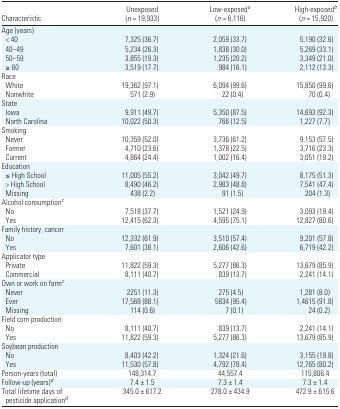
<table><thead><tr><td><b>Characteristic</b></td><td><b>Unexposed (<i>n</i> = 19,933)</b></td><td><b>Low-exposeda (<i>n =</i> 6,116)</b></td><td><b>High-exposedb (<i>n =</i> 15,920)</b></td></tr></thead><tbody><tr><td colspan="4">Age (years)</td></tr><tr><td> &lt; 40</td><td>7,325 (36.7)</td><td>2,059 (33.7)</td><td>5,190 (32.6)</td></tr><tr><td> 40–49</td><td>5,234 (26.3)</td><td>1,838 (30.0)</td><td>5,269 (33.1)</td></tr><tr><td> 50–59</td><td>3,855 (19.3)</td><td>1,235 (20.2)</td><td>3,349 (21.0)</td></tr><tr><td> ≥ 60</td><td>3,519 (17.7)</td><td>984 (16.1)</td><td>2,112 (13.3)</td></tr><tr><td colspan="4">Race</td></tr><tr><td> White</td><td>19,362 (97.1)</td><td>6,094 (99.6)</td><td>15,850 (99.6)</td></tr><tr><td> Nonwhite</td><td>571 (2.9)</td><td>22 (0.4)</td><td>70 (0.4)</td></tr><tr><td colspan="4">State</td></tr><tr><td> Iowa</td><td>9,911 (49.7)</td><td>5,350 (87.5)</td><td>14,693 (92.3)</td></tr><tr><td> North Carolina</td><td>10,022 (50.3)</td><td>766 (12.5)</td><td>1,227 (7.7)</td></tr><tr><td colspan="4">Smoking</td></tr><tr><td> Never</td><td>10,359 (52.0)</td><td>3,736 (61.2)</td><td>9,153 (57.5)</td></tr><tr><td> Former</td><td>4,710 (23.6)</td><td>1,378 (22.5)</td><td>3,716 (23.3)</td></tr><tr><td> Current</td><td>4,864 (24.4)</td><td>1,002 (16.4)</td><td>3,051 (19.2)</td></tr><tr><td colspan="4">Education</td></tr><tr><td> ≤ High School</td><td>11,005 (55.2)</td><td>3,042 (49.7)</td><td>8,175 (51.3)</td></tr><tr><td> &gt; High School</td><td>8,490 (46.2)</td><td>2,983 (48.8)</td><td>7,541 (47.4)</td></tr><tr><td> Missing</td><td>438 (2.2)</td><td>91 (1.5)</td><td>204 (1.3)</td></tr><tr><td colspan="4">Alcohol consumptionc</td></tr><tr><td> No</td><td>7,518 (37.7)</td><td>1,521 (24.9)</td><td>3,093 (19.4)</td></tr><tr><td> Yes</td><td>12,415 (62.3)</td><td>4,595 (75.1)</td><td>12,827 (80.6)</td></tr><tr><td colspan="4">Family history, cancer</td></tr><tr><td> No</td><td>12,332 (61.9)</td><td>3,510 (57.4)</td><td>9,201 (57.8)</td></tr><tr><td> Yes</td><td>7,601 (38.1)</td><td>2,606 (42.6)</td><td>6,719 (42.2)</td></tr><tr><td colspan="4">Applicator type</td></tr><tr><td> Private</td><td>11,822 (59.3)</td><td>5,277 (86.3)</td><td>13,679 (85.9)</td></tr><tr><td> Commercial</td><td>8,111 (40.7)</td><td>839 (13.7)</td><td>2,241 (14.1)</td></tr><tr><td colspan="4">Own or work on farmc</td></tr><tr><td> Never</td><td>2251 (11.3)</td><td>275 (4.5)</td><td>1,281 (8.0)</td></tr><tr><td> Ever</td><td>17,568 (88.1)</td><td>5834 (95.4)</td><td>1,4615 (91.8)</td></tr><tr><td> Missing</td><td>114 (0.6)</td><td>7 (0.1)</td><td>24 (0.2)</td></tr><tr><td colspan="4">Field corn production</td></tr><tr><td> No</td><td>8,111 (40.7)</td><td>839 (13.7)</td><td>2,241 (14.1)</td></tr><tr><td> Yes</td><td>11,822 (59.3)</td><td>5,277 (86.3)</td><td>13,679 (85.9)</td></tr><tr><td colspan="4">Soybean production</td></tr><tr><td> No</td><td>8,403 (42.2)</td><td>1,324 (21.6)</td><td>3,155 (19.8)</td></tr><tr><td> Yes</td><td>11,530 (57.8)</td><td>4,792 (78.4)</td><td>12,765 (80.2)</td></tr><tr><td>Person-years (total)</td><td>148,314.7</td><td>44,557.4</td><td>115,806.4</td></tr><tr><td>Follow-up (years)d</td><td>7.4 ± 1.5</td><td>7.3 ± 1.4</td><td>7.3 ± 1.4</td></tr><tr><td>Total lifetime days of pesticide applicationd</td><td>345.0 ± 617.2</td><td>278.0 ± 434.9</td><td>472.9 ± 615.6</td></tr></tbody></table>